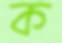
ক